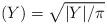
LaTeX: \begin{align*}(Y) & = \sqrt{|Y|/\pi}\end{align*}